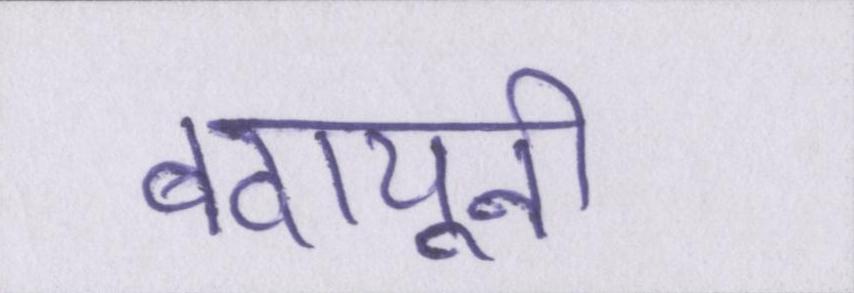
बदायूनी